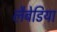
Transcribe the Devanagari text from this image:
लैबेडिया